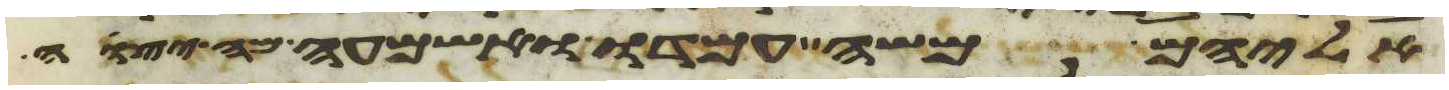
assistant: אליהם משה עמדו ואשמעה מה יצוה